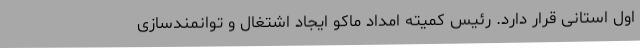
اول استانی قرار دارد. رئیس کمیته امداد ماکو ایجاد اشتغال و توانمندسازی